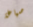
صياغة